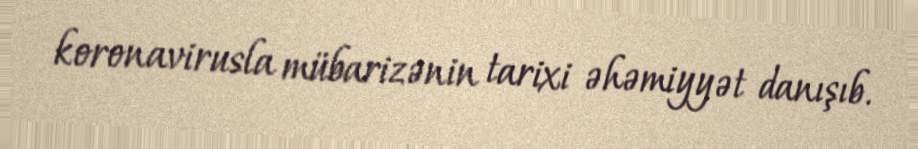
koronavirusla mübarizənin tarixi əhəmiyyət danışıb.